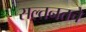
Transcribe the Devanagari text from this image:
सल्तनतचे